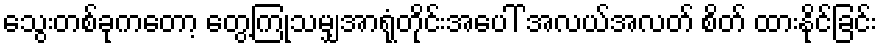
သွေးတစ်ခုကတော့ တွေ့ကြုံသမျှအာရုံတိုင်းအပေါ် အလယ်အလတ် စိတ် ထားနိုင်ခြင်း